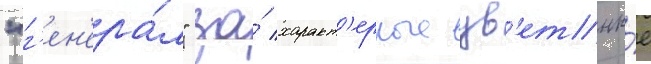
"г'ен'ера́л" за́ характ'ерные цв'етны́е